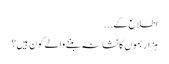
اطلاع کے...
ہزار بموں کا نشانہ بننے والے کون ہیں؟